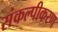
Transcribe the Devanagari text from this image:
संकल्पीकरण